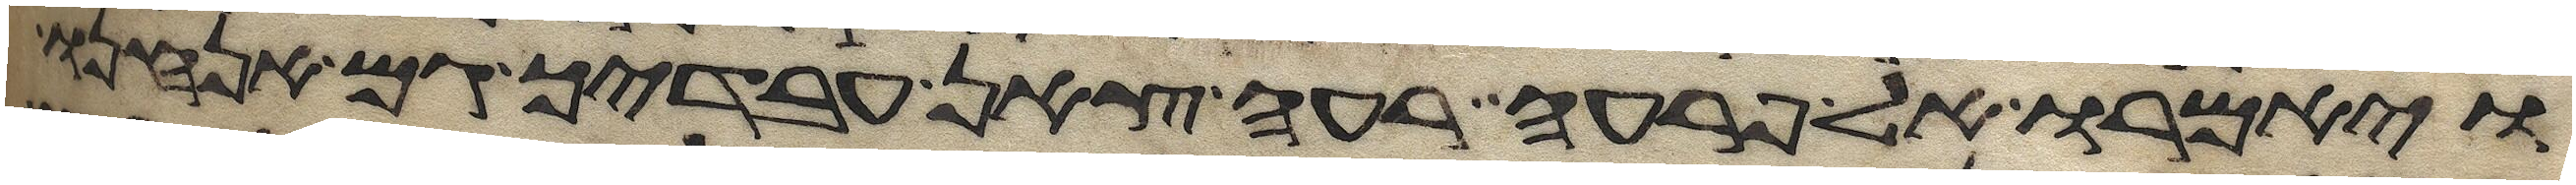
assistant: ויאמרו אל פרעה רעי צאן עבדיך גם אנחנו